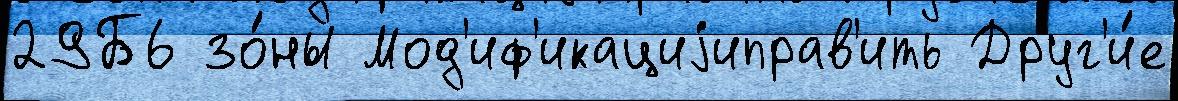
29Б6 зо́ны Мод'иф'икациjиправ'ить Друг'и́е